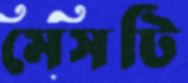
মেসটি